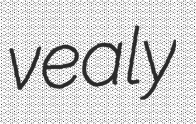
vealy